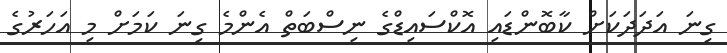
ގިނަ އަދަދަކަށް ކާބޮންޑައި އޮކްސައިޑްގެ ނިސްބަތް އެންމެ ގިނަ ކަމަށް މި އަހަރުގެ